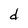
Character: d